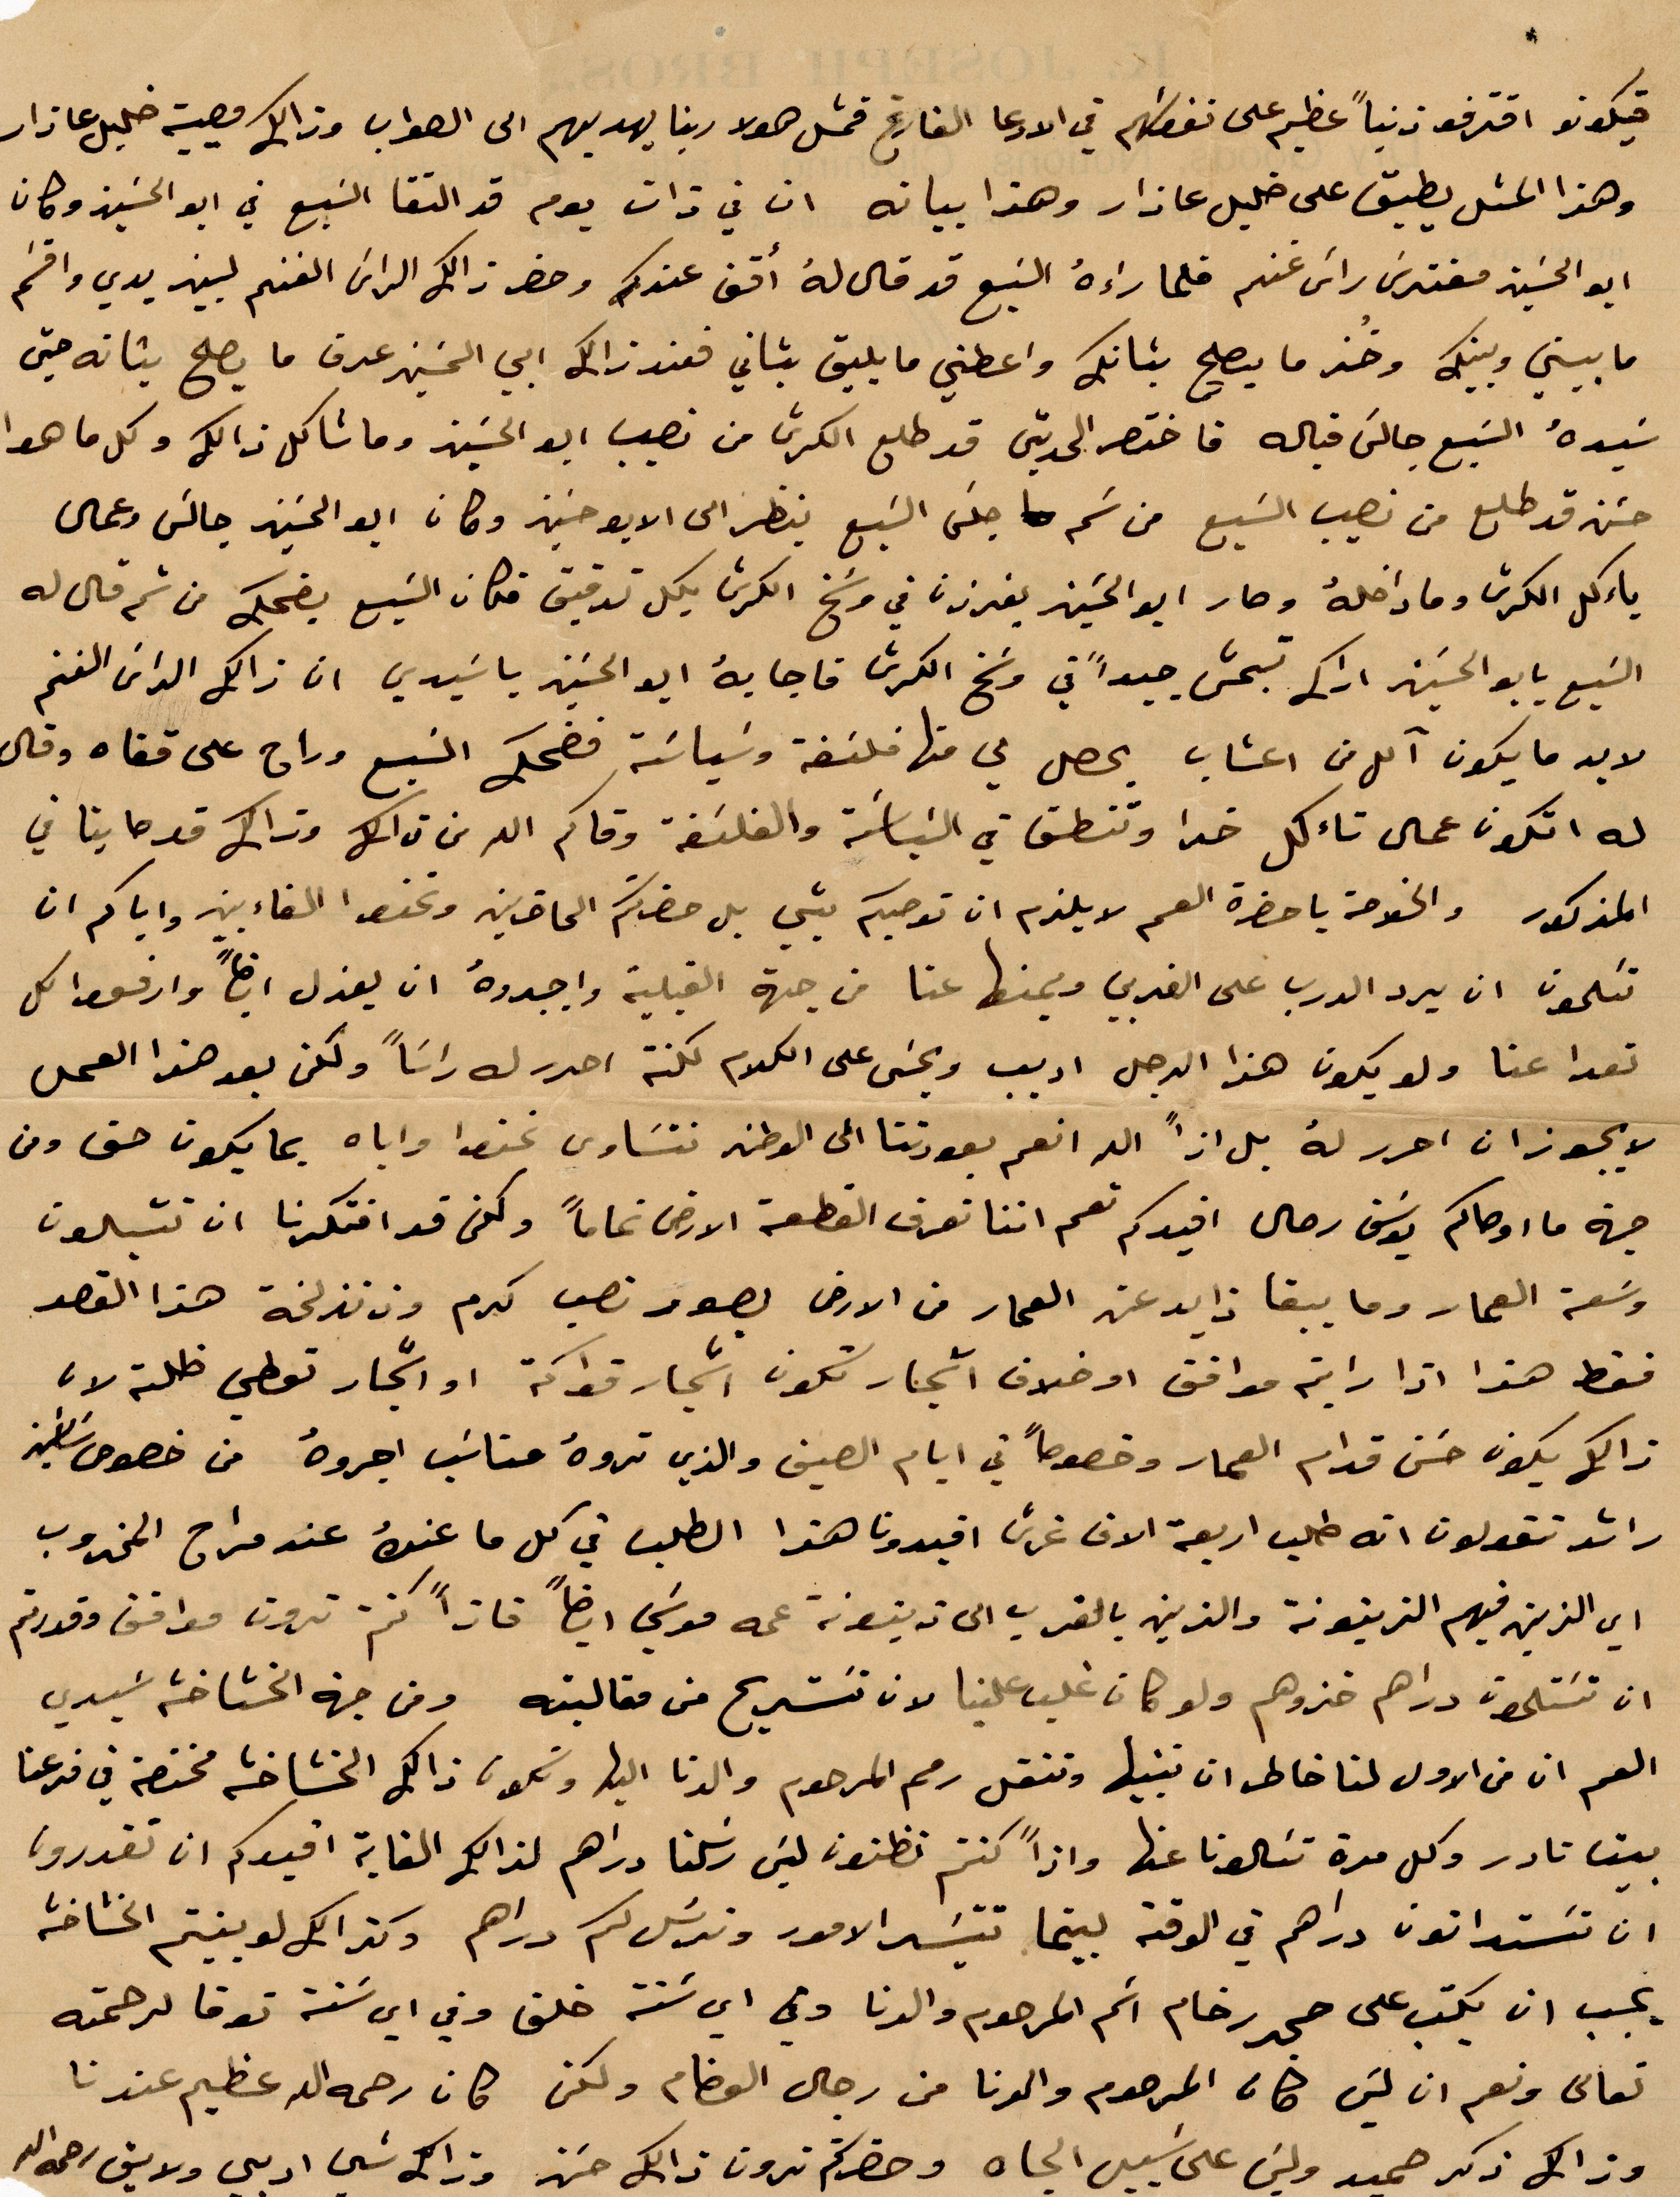
فيكونو اقترفو ذنبًا عظيم على نفقتهم في الادعا الفارغ قمل هولا ربنا يهديهم الى الصواب وذلك كصيبة خليل عازار
هذا المثل يطبق على خليل عازار وهذا بيانه ان في ذات يوم قد التقا السبع في أبو الحسين وكان
بو الحسين مفترس رأس غنم فلما راءه السبع قد قال له اقف عندك وحضر ذلك الراس الغنم لبين يدي واقسم
ما بيني وبينك وخذ ما يصلح بنانك واعطني ما يليق بناني فعند ذلك ابى الحسين عرف ما يصلح بتانه حتى
 سيده السبع حالى قباله فاختصر الحدين قد طلع الكرّى من نصيب أبو الحسين وما شاكل ذالك وكل ما هو
حسن قد طلع من نصيب السبع من سَم جلس السبع ينظر الى الابو حسين وكان أبو الحسين جالس وعمال
ياكل الرّى وما داخله وصار البو الحسين يغرزنا في وسخ الكرش بكل تدقيق فكان السبع يضحك من ثم قال له
السبع يا أبو الحسين اراك تبحّر جيدًا في وسخ الكرش فاجابه أبو الحسين يا سيدي ان ذلك الداني الفخم
لا بد ما يكون آكل من اعشاب يحصل لي منها فلسفة وسياسة فضحك السبع وراح على قفاه وقال
له اتكون عمال تائكل خذا وتنطق في السياسة والفلسفة وقاكم الله من تآكل وذلك قد حاينا في
المذكور والخلاصة يا حضرة العم لا يلزم ان توصيكم بشي بل حضرتكم الحاضرين %% القاء بين واياكم ان
تكلمون ان ان يرد الدرب على الغربي ويمنها عنا من جهة القبلية واجدوه ان يعزل ايضًا وارفعوا كل
تعدا عنا ولو يكون هذا الرجل اديب و%% على الكلام لكنت احرر له راسًا ولكن بعد هذا العمل
لا يجوز ان احرر له بل اذًا الله انعم بعودتنا الى الوطن نتساوى نحن واياه بما يكون حق ومن
اننا نعرف القطعة الأرض تمامًا وكفى قد افتكرنا ان تشبلون
وسعة العمار وما يبقا ذايد عن العمار من الأرض بصور نصف كرم وذ نذلخة هذا القصر
فقط هذا اذا رايتم موافق او خلاف أشجار تكون أشجار قوآمة او أشجار تعطي طلة لان
ذلك يكون حسن قدام العمار وخصوصًا في أيام الصيف والذي تروه مناسب اجروه من خصوص ساسين
راشد تقولون انه طلب أربعة الاف غرش افيدونا هذا الطلب في كل ما عن عند مراح المخروب
أي الذين فيهم الزيتونة والذين بالقرب الى زيتونة عمه موسي ايضًا فاذًا كنتم ترون موافق وقدرتم
ان تستلمون دراهم خذوهم ولو كان غلب علينا لان نستريح من مقالبه ومن جهة الخشاخشة سيدي
العم ان من الأول لنا خاطر ان تبنيها وتنقل رمم المرحوم والدنا اليها ونكون ذلك الخشاخشة مختصة في فرعنا
بين نادر وكل مرة تسالونا عنها واذًا كنتم تظنون ليس ركنا دراهم لذلك الغابة افيدكم ان تقدرون
ان تستدانون دراهم في الوقت بينما تتيسر الأمور ونرسل لكم دراهم وكذلك لو بنيتم الخشاخشة
يجب ان يكتب على حجر رخام اسم المرحوم والدنا وفي أي سنة خلق وفي أي سنة توفا لرحمته
تعالى ونعم ان ليس كان المرحوم والدنا من رجال العظام لوكن كان رحمه الله عظيم عندنا
وذلك ذكر حميد وليس على سبيل الجاه وحضرتكم ترون ذلك حسن وذلك شي اد% ولايق رحمه الله